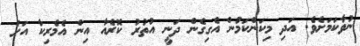
ނުވާކަމަށެވެ. އަދި މިކަންކަމުން އެގިގެން ދަނީ އުތުރު ކޮރެއާ އިން އެމެރިކާ އަށް